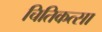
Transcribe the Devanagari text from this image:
चितिकत्सा